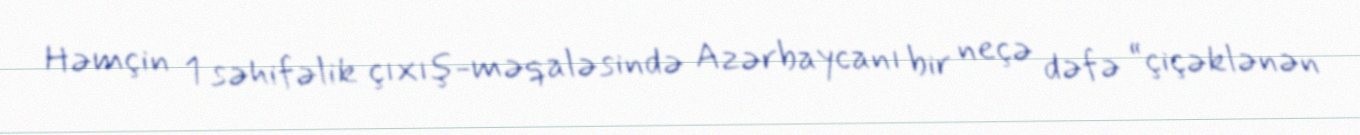
Həmçin 1 səhifəlik çıxış-məqaləsində Azərbaycanı bir neçə dəfə “çiçəklənən